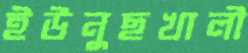
ইউনুছখালী